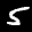
Label: 5